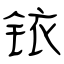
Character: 铱